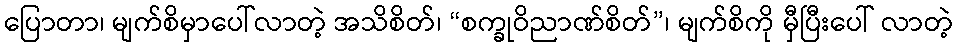
ပြောတာ၊ မျက်စိမှာပေါ်လာတဲ့ အသိစိတ်၊ “စက္ခုဝိညာဏ်စိတ်”၊ မျက်စိကို မှီပြီးပေါ် လာတဲ့